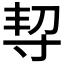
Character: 𡬨